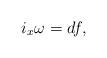
LaTeX: \begin{align*}i_x\omega =df,\end{align*}